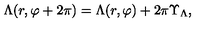
\Lambda ( r , \varphi + 2 \pi ) = \Lambda ( r , \varphi ) + 2 \pi \Upsilon _ { \Lambda } ,